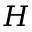
H